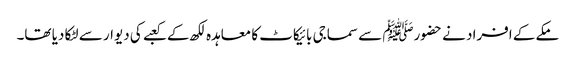
مکے کے افراد نے حضورﷺ سے سماجی بائیکاٹ کا معاہدہ لکھ کے کعبے کی دیوار سے لٹکا دیا تھا۔